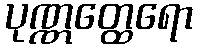
ပုဏ္ဏတ္ထေရော